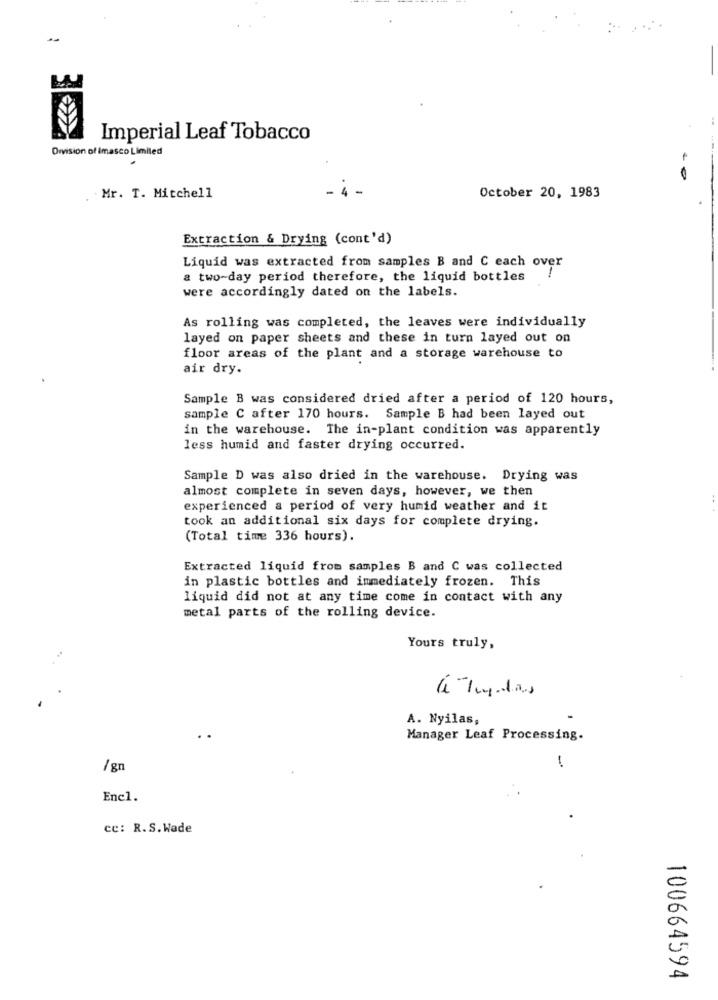
Imperial Leaf Tobacco
Division of Imasco Limited
Mr. T. Mitchell
October 20, 1983
Extraction & Drying (cont'd)
Liquid was extracted from samples B and C each over
-
a two-day period therefore, the liquid bottles
were accordingly dated on the labels.
As rolling was completed, the leaves were individually
layed on paper sheets and these in turn layed out on
floor areas of the plant and a storage warehouse to
air dry.
Sample B was considered dried after a period of 120 hours,
sample C after 170 hours. Sample B had been layed out
in the warehouse. The in-plant condition was apparently
less humid and faster drying occurred.
Sample D was also dried in the warehouse. Drying was
almost complete in seven days, however, we then
experienced a period of very humid weather and it
took an additional six days for complete drying.
(Total time 336 hours).
Extracted liquid from samples B and C was collected
in plastic bottles and immediately frozen. This
liquid did not at any time come in contact with any
metal parts of the rolling device.
Yours truly,
A. Nyilas,
Manager Leaf Processing.
/8n
!
Encl.
ce: R.S. Wade
100664594